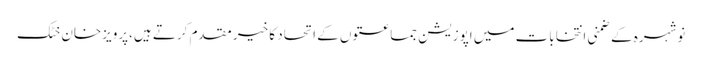
نوشہرہ کے ضمنی انتخابات میں اپوزیشن جماعتوں کے اتحاد کا خیر مقدم کرتے ہیں،پرویزخان خٹک